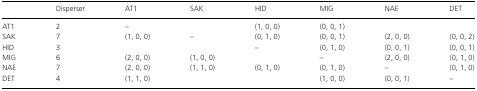
<table><thead><tr><td></td><td><b>Disperser</b></td><td><b>AT1</b></td><td><b>SAK</b></td><td><b>HID</b></td><td><b>MIG</b></td><td><b>NAE</b></td><td><b>DET</b></td></tr></thead><tbody><tr><td>AT1</td><td>2</td><td>–</td><td></td><td>(1, 0, 0)</td><td>(0, 0, 1)</td><td></td><td></td></tr><tr><td>SAK</td><td>7</td><td>(1, 0, 0)</td><td>–</td><td>(0, 1, 0)</td><td>(0, 0, 1)</td><td>(2, 0, 0)</td><td>(0, 0, 2)</td></tr><tr><td>HID</td><td>3</td><td></td><td></td><td>–</td><td>(0, 1, 0)</td><td>(0, 0, 1)</td><td>(0, 0, 1)</td></tr><tr><td>MIG</td><td>6</td><td>(2, 0, 0)</td><td>(1, 0, 0)</td><td></td><td>–</td><td>(2, 0, 0)</td><td>(0, 1, 0)</td></tr><tr><td>NAE</td><td>7</td><td>(2, 0, 0)</td><td>(1, 1, 0)</td><td>(0, 1, 0)</td><td>(0, 1, 0)</td><td>–</td><td>(0, 1, 0)</td></tr><tr><td>DET</td><td>4</td><td>(1, 1, 0)</td><td></td><td></td><td>(1, 0, 0)</td><td>(0, 0, 1)</td><td>–</td></tr></tbody></table>